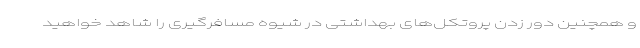
و همچنین دور زدن پروتکل‌های بهداشتی در شیوه مسافرگیری را شاهد خواهید